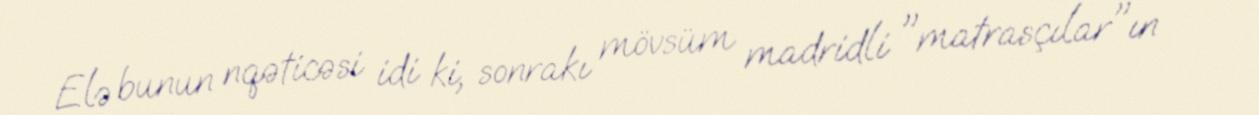
Elə bunun nqəticəsi idi ki, sonrakı mövsüm madridli "matrasçılar"ın –